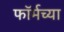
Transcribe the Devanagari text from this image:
फॉर्मच्या